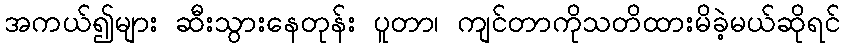
အကယ်၍များ ဆီးသွားနေတုန်း ပူတာ၊ ကျင်တာကိုသတိထားမိခဲ့မယ်ဆိုရင်